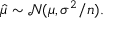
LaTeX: { \hat { \mu } } \sim { \mathcal { N } } ( \mu , \sigma ^ { 2 } / n ) .